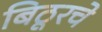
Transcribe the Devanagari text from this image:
बिठूरचे